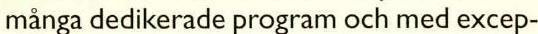
många dedikerade program och med excep-